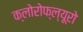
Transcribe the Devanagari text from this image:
क्लोरोफ्ल्यूरो